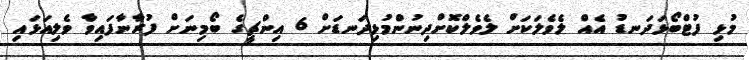
މުޅި ފުޓްބޯޅަދަނޑު އެއް ލެވެލަކަށް ލެވެލްކޮށްދިނުންމުޅިދަނޑަށް 6 އިންޗީގެ ބޯމިނަށް ފުރާނާފައިވާ ވެލިއަޅައި